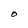
Character: O